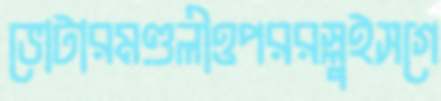
ভোটারমণ্ডলীওপররস্লুইসগে